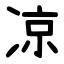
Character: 凉